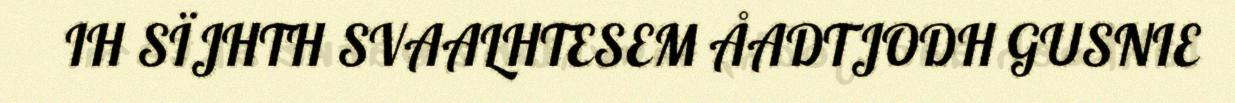
IH SÏJHTH SVAALHTESEM ÅADTJODH GUSNIE